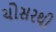
ચોસરથી